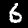
Digit: 6